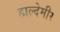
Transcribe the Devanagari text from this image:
हाल्देमीर